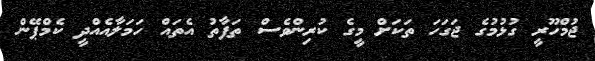
ޖުމްހޫރީ ގުޅުމުގެ ޖަގަހަ ތަކަށް މީގެ ކުރިންވެސް ތަފާތު އެތައް ހަމަލާއެއްދީ ކެމްޕޭން